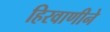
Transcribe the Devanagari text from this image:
हिरवाणीने